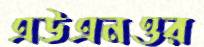
এউএনওর